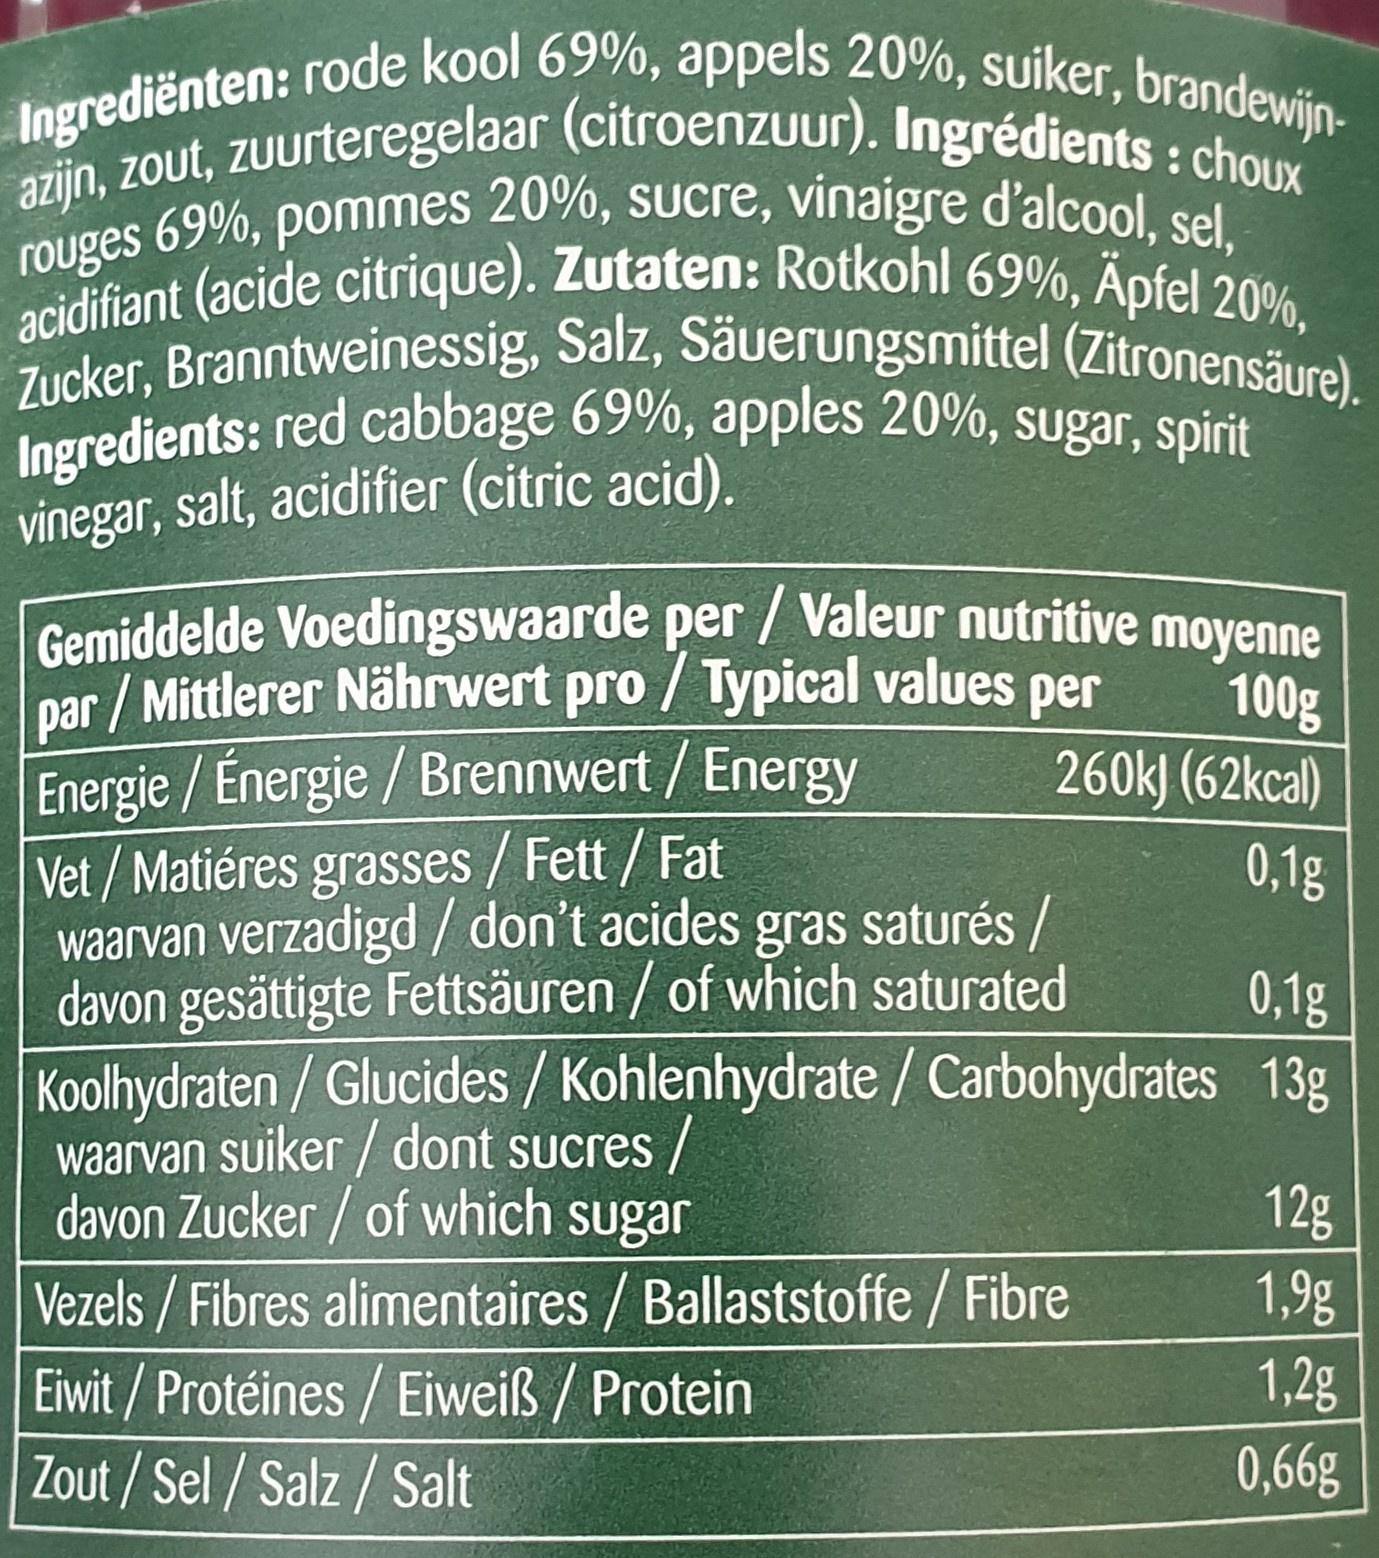
Ingrediënten: rode kool 69%, appels 20%, suiker, brandewijn-
azijn, zout, zuurteregelaar (citroenzuur). Ingrédients : choux rouges 69%, pommes 20%, sucre, vinaigre d'alcool, sel, acidifiant (acide citrique). Zutaten: Rotkohl 69%, Apfel 20%, Zucker, Branntweinessig, Salz, Säuerungsmittel (Zitronensäure). Ingredients: red cabbage 69%, apples 20%, sugar, spirit vinegar, salt, acidifier (citric acid).
Gemiddelde Voedingswaarde per / Valeur nutritive moyenne| par / Mittlerer Nährwert pro / Typical values per Energie / Énergie / Brennwert / Energy Vet / Matiéres grasses / Fett / Fat waarvan verzadigd / don't acides gras saturés / davon gesättigte Fettsäuren / of which saturated Koolhydraten / Glucides / Kohlenhydrate /Carbohydrates 13g waarvan suiker / dont sucres / davon Zucker / of which sugar
100g 260k) (62kcal)
0,1g
0,1g
12g
Vezels / Fibres alimentaires / Ballaststoffe / Fibre Eiwit / Protéines / Eiweiß / Protein Zout / Sel / Salz / Salt
1,9g 1,2g 0,66g